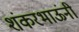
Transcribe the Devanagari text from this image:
शंकरभाऊंनी